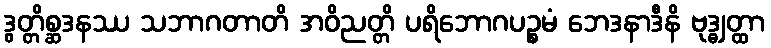
ဒွတ္တိစ္ဆဒနဿ သဘာဂတာတိ အဝိညတ္တိ ပရိဘောဂပဉ္စမံ ဘေဒနာဒီနိ ဗုဒ္ဓျတ္ထာ